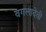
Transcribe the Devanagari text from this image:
वगलादेवी